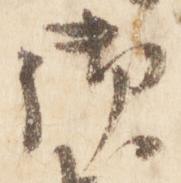
御